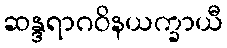
ဆန္ဒရာဂဝိနယက္ခာယီ